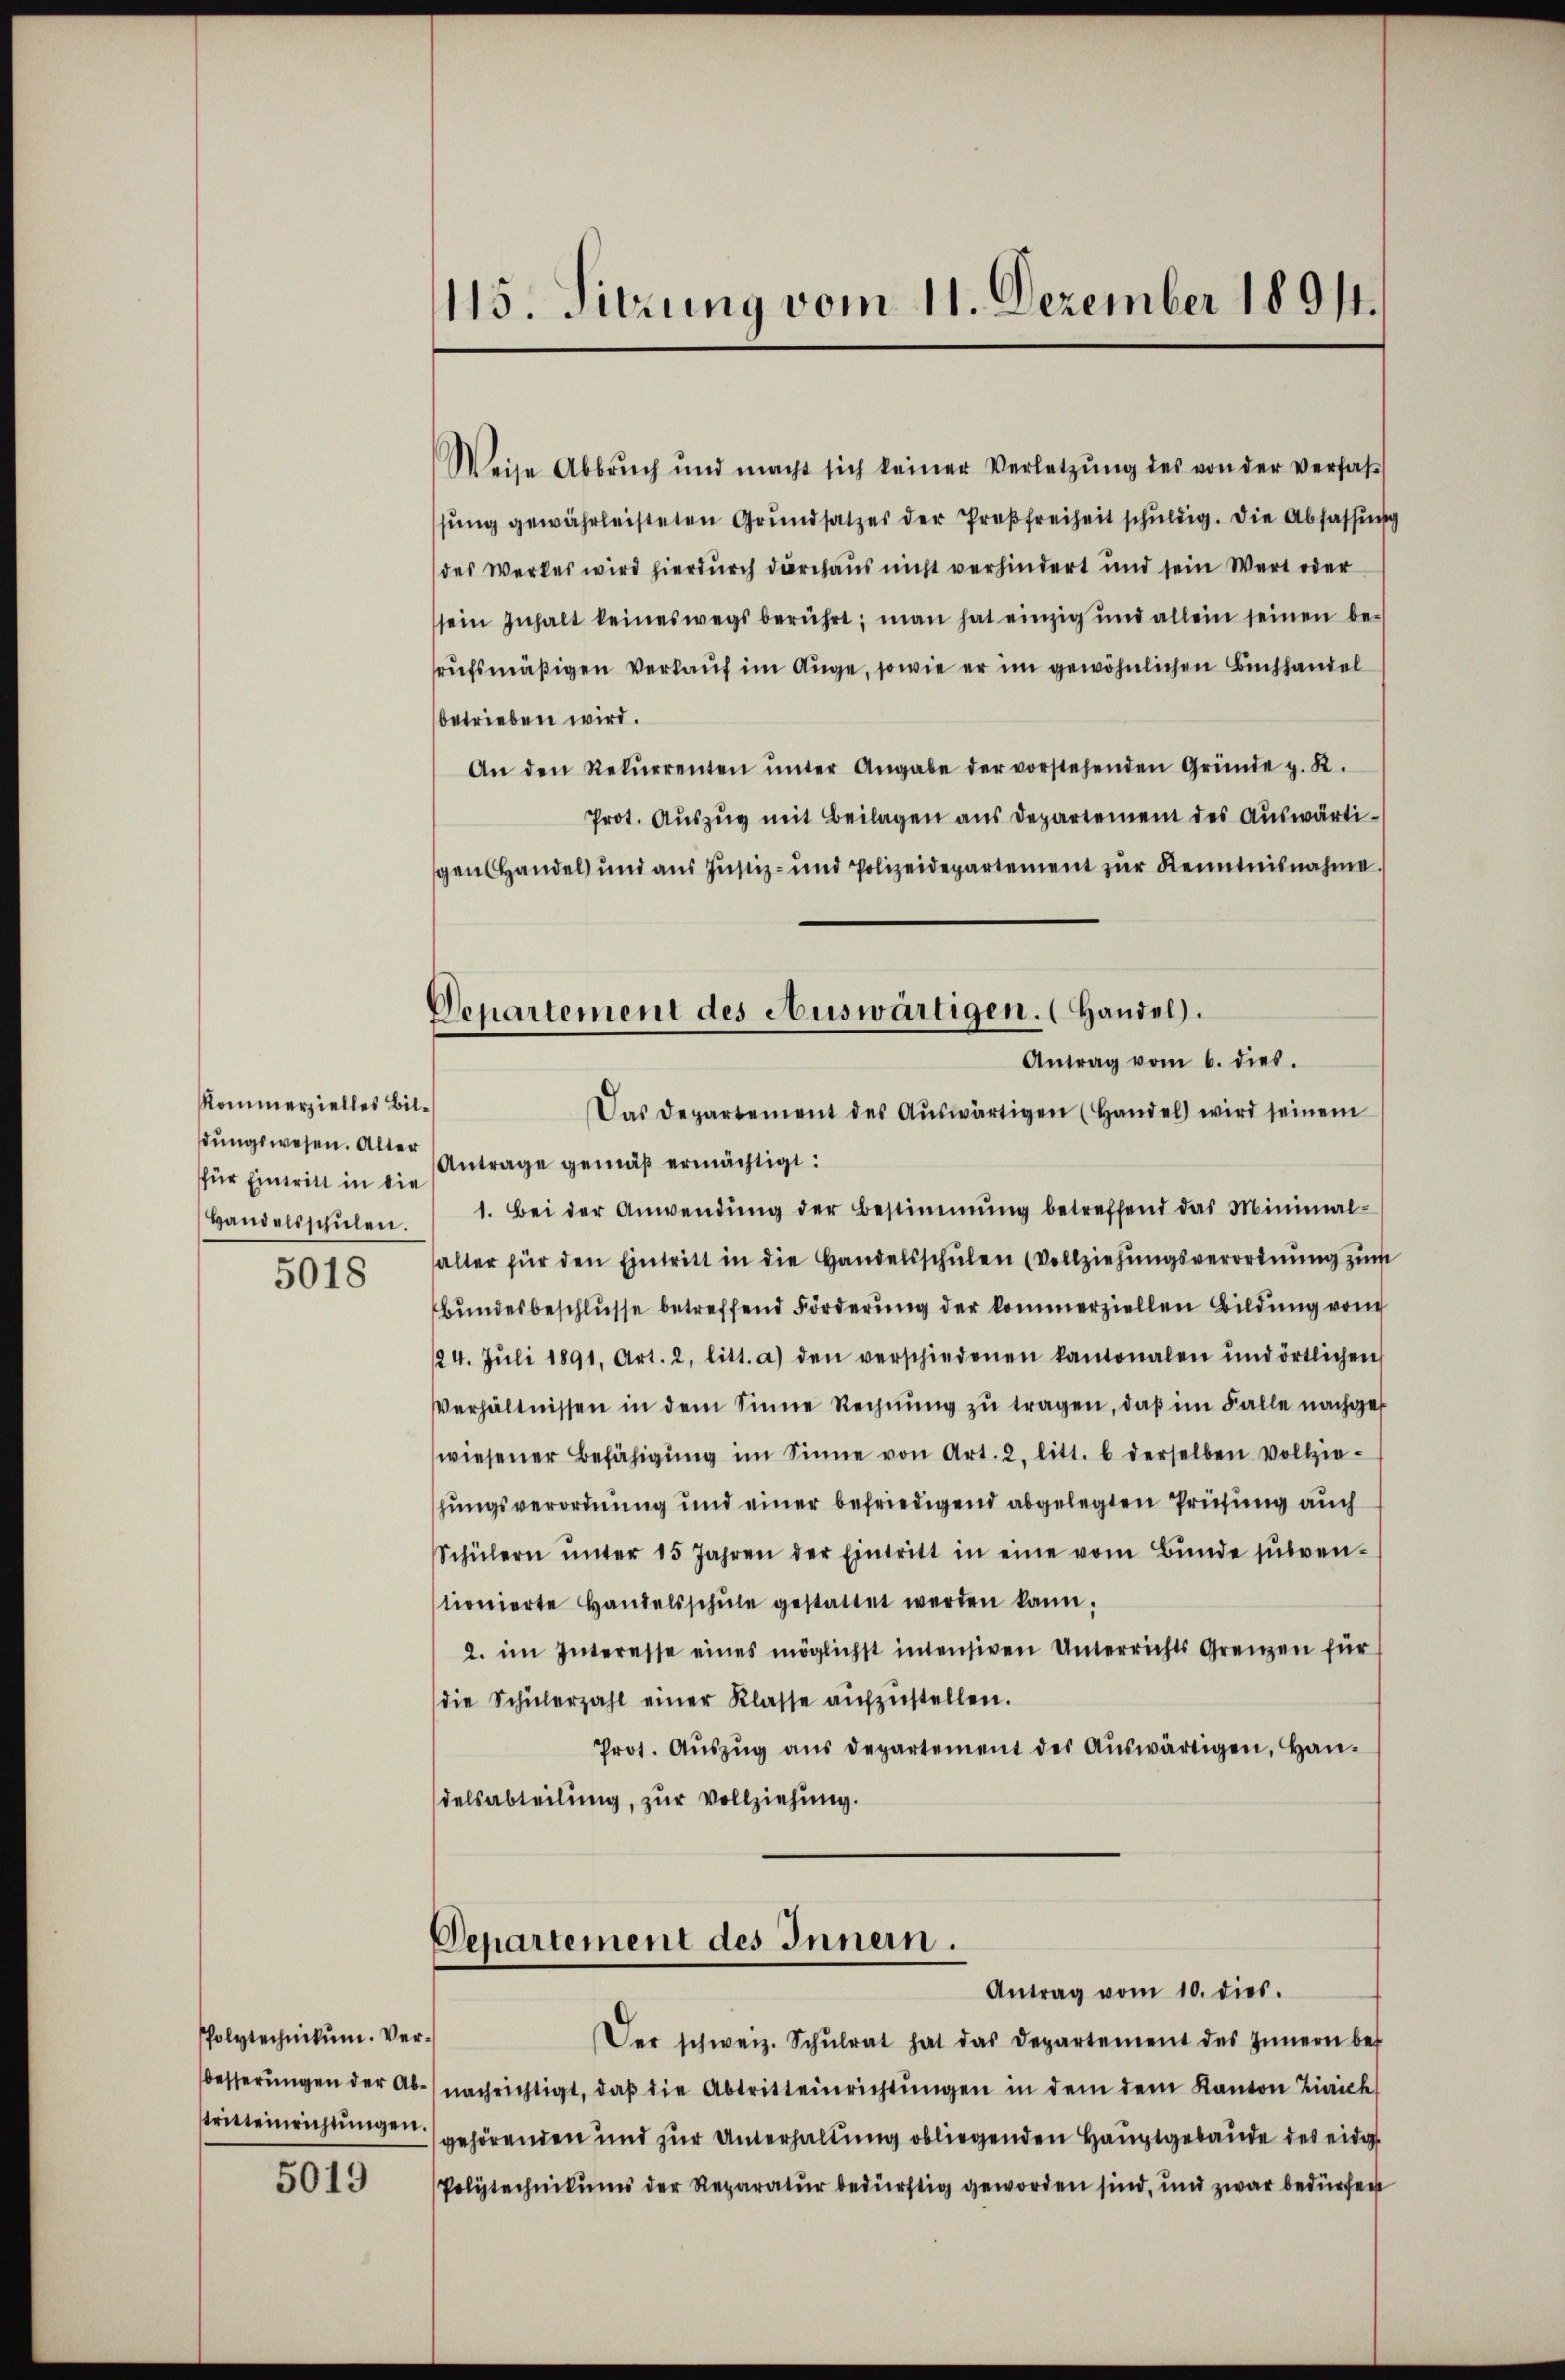
Kommerzielles Bildungswesen. Alter
für Eintritt in die
Handelsschŭlen.

5018

Polytechnikum. Vertritteinrichtŭngen.

5019

115. Sitzung vom 11. Dezember 18911.

Weise Abbrŭch und macht sich keiner Verletzŭng des von der verfas
sŭng gewährleisteten Grŭndsatzes der Proβfreiheit schŭldig. Die Abfassung
des Werkes wird hierdurch durchaus nicht verhindert und sein Wert oder
sein Inhalt keineswegs berührt; man hat einzig und allein seinen be-
rufsmäßigen Verkauf im Auge, sowie er im gewöhnlichen Buchhandel
betrieben wird.
An den Rekŭrrenten ŭnter Angabe der vorstehenden Gründe z. R.
Prot. Auszug mit Beilagen aus Departement des Auswärtigen Handel und aus Justiz- und Polizeidepartement zŭr Kenntnisnahme.
Das Departement des Aŭswärtigen (Handel wird seinem
Antrage gemäß ermächtigt:
1. Bei der Anwendŭng der Bestimmung betreffend das Minimal-
alter für den Eintritt in die Handelsschŭlen (Vollziehŭngsverordnŭng zŭm
Bundesbeschlusse betreffend Förderung der kommerziellen Bildung vom
24. Jŭli 1891. Art. 2, litt. a) den verschiedenen kantonalen und örtlichen
Verhältnissen in dem Sinne Rechnŭng zŭ tragen, daβ im Falle nachgef
wiesener Befähigŭng im Sinne von Art. 2. litt. b derselben vollzie-
hungsverordnung und einer befriedigend abgelegten Prüfung auch
Schülern ŭnter 15 Jahren der Eintritt in eine vom Bŭnde sŭbven-
tionierte Handelsschŭle gestattet werden kann.
2. im Interesse eines möglichst intensiven Unterrichts Grenzen für
die Schülerzahl einer Klasse aŭfzŭstellen.
Prot. Aŭszŭg ans Departement des Aŭswärtigen, Han-
delsabteilung, zur Vollziehung.

Departement des Auswärtigen. (Handel.
Antrag vom 6. dies

Departement des Innern.
Antrag vom 10. dies.

Der schweiz. Schŭlrat hat das Departement des Innern be-
besserŭngen der Ab- nachrichtigt, daβ die Abtritteinrichtŭngen in dem dem Kanton Zürich
gehörenden und zur Unterhaltung obliegenden Hauptgebäude des eidge
Polytechnikums der Reparatur bedürftig geworden sind, und zwar bedürfen